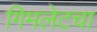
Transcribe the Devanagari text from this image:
गिमलेटचा